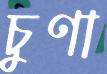
চুণা